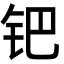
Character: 钯